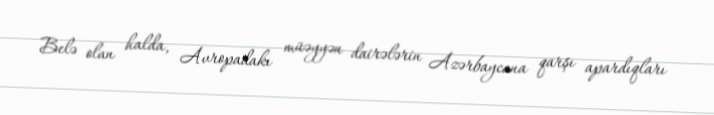
Belə olan halda, Avropadakı müəyyən dairələrin Azərbaycana qarşı apardıqları